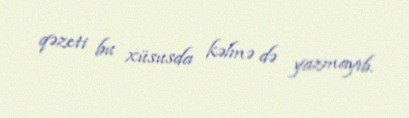
qəzeti bu xüsusda kəlmə də yazmayıb.